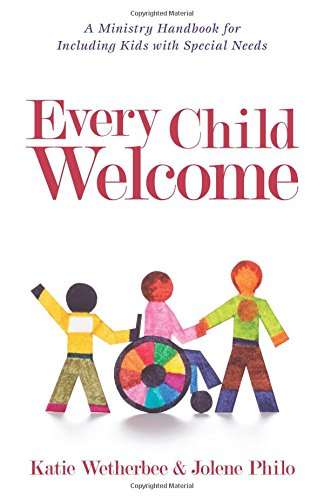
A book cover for Every Child Welcome: A Ministry Handbook for Including Kids with Special Needs; Katie Wetherbee; Christian Books & Bibles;